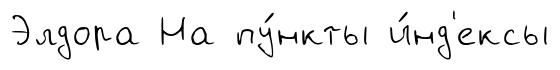
Элдора На пу́нкты и́нд'ексы